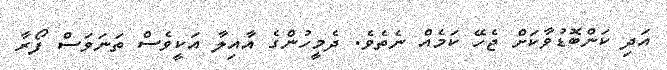
އަދި ކަންބޮޑުވާކަށް ޖެހޭ ކަމެއް ނެތެވެ. ދެމީހުންގެ އާއިލާ އަކީވެސް ތަނަވަސް ފޯރާ